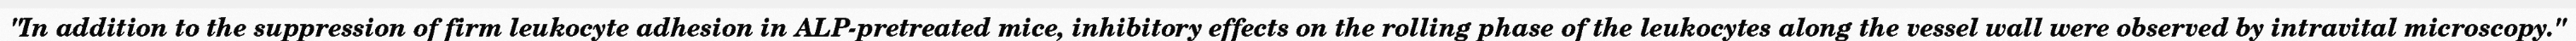
"In addition to the suppression of firm leukocyte adhesion in ALP-pretreated mice, inhibitory effects on the rolling phase of the leukocytes along the vessel wall were observed by intravital microscopy."